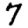
Digit: 7